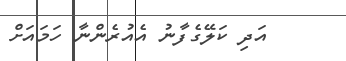
އަދި ކަލޭގެފާނު އެއުރެންނާ ހަމައަށް